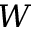
W